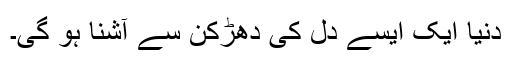
دنیا ایک ایسے دل کی دھڑکن سے آشنا ہو گی۔